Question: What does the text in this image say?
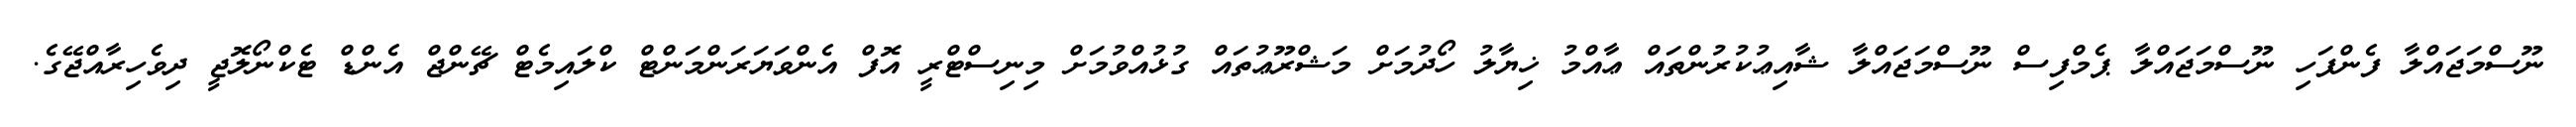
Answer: ނޫސްމަޖައްލާ ފެންފަހި ނޫސްމަޖައްލާ ޕެމްފިސް ނޫސްމަޖައްލާ ޝާއިޢުކުރުންތައް ޢާއްމު ޚިޔާލު ހޯދުމަށް މަޝްރޫޢުތައް ގުޅުއްވުމަށް މިނިސްޓްރީ އޮފް އެންވަޔަރަންމަންޓް ކްލައިމެޓް ޗޭންޖް އެންޑް ޓެކްނޯލޮޖީ ދިވެހިރާއްޖޭގެ.